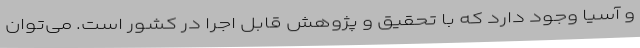
و آسیا وجود دارد که با تحقیق و پژوهش قابل اجرا در کشور است. می‌توان